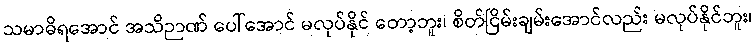
သမာဓိရအောင် အသိဉာဏ် ပေါ်အောင် မလုပ်နိုင် တော့ဘူး၊ စိတ်ငြိမ်းချမ်းအောင်လည်း မလုပ်နိုင်ဘူး၊